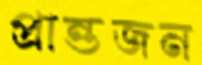
প্রান্তজন